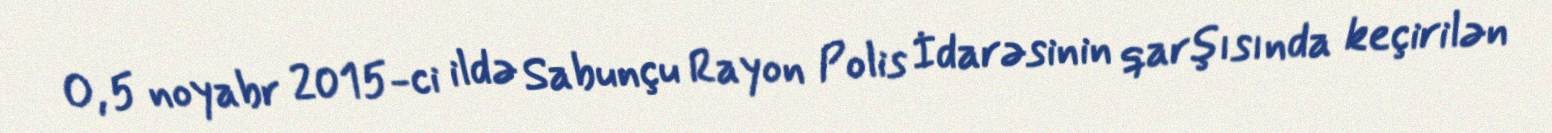
O, 5 noyabr 2015-ci ildə Sabunçu Rayon Polis İdarəsinin qarşısında keçirilən